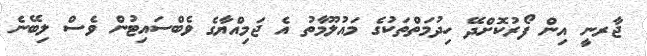
ޖާރނީ އިން ފޯރުކޮށްދޭ ހިދުމަތްތަކުގެ މައުލޫމާތު އެ ޖަމިއްޔާގެ ވެބްސައިޓުން ވެސް ލިބޭނެ